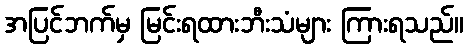
အပြင်ဘက်မှ မြင်းရထားဘီးသံများ ကြားရသည်။